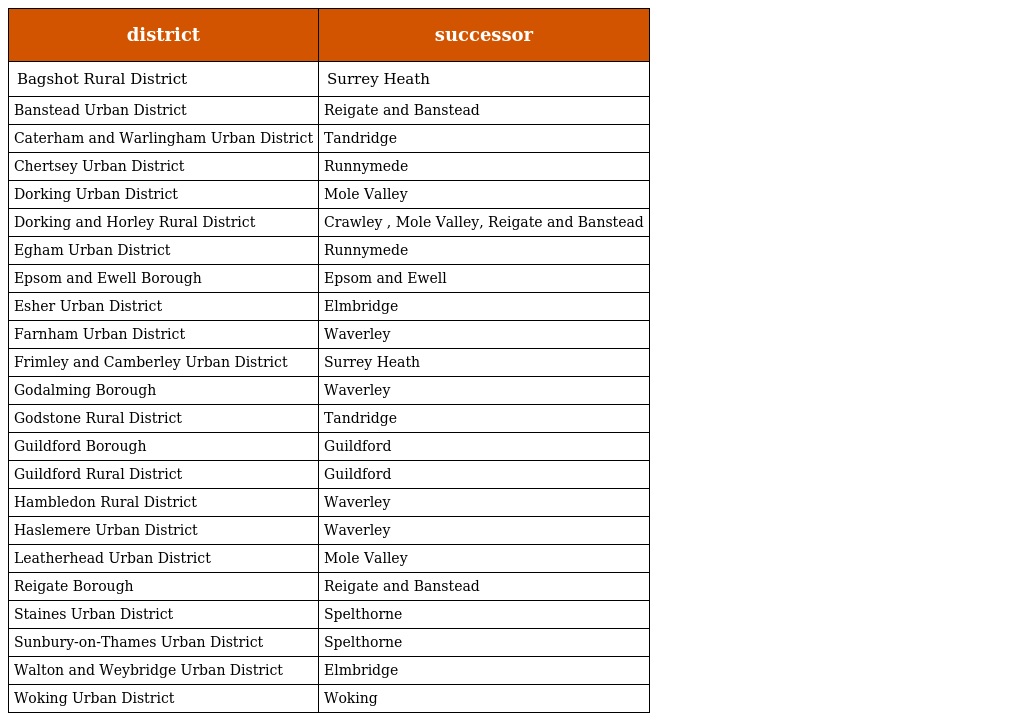
| district | successor |
 | --- | --- |
 | Bagshot Rural District | Surrey Heath |
 | Banstead Urban District | Reigate and Banstead |
 | Caterham and Warlingham Urban District | Tandridge |
 | Chertsey Urban District | Runnymede |
 | Dorking Urban District | Mole Valley |
 | Dorking and Horley Rural District | Crawley , Mole Valley, Reigate and Banstead |
 | Egham Urban District | Runnymede |
 | Epsom and Ewell Borough | Epsom and Ewell |
 | Esher Urban District | Elmbridge |
 | Farnham Urban District | Waverley |
 | Frimley and Camberley Urban District | Surrey Heath |
 | Godalming Borough | Waverley |
 | Godstone Rural District | Tandridge |
 | Guildford Borough | Guildford |
 | Guildford Rural District | Guildford |
 | Hambledon Rural District | Waverley |
 | Haslemere Urban District | Waverley |
 | Leatherhead Urban District | Mole Valley |
 | Reigate Borough | Reigate and Banstead |
 | Staines Urban District | Spelthorne |
 | Sunbury-on-Thames Urban District | Spelthorne |
 | Walton and Weybridge Urban District | Elmbridge |
 | Woking Urban District | Woking |